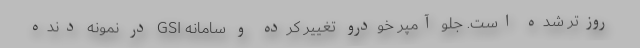
روزتر شده است. جلو آمپر خودرو تغییر کرده و سامانه GSI در نمونه دنده